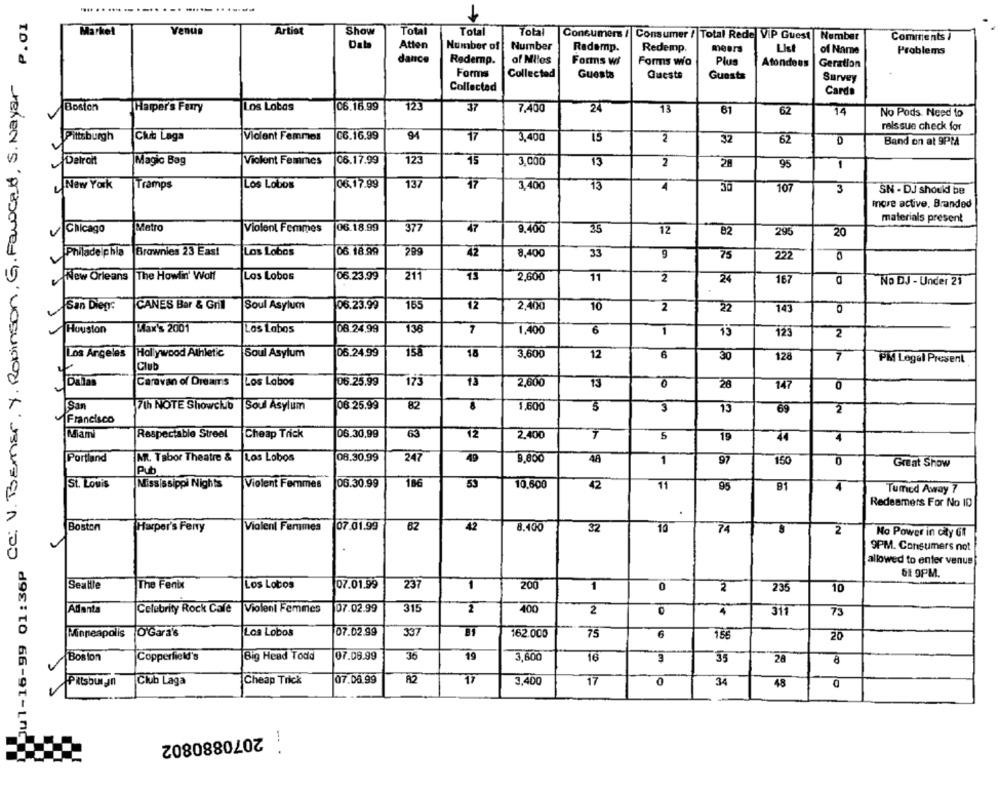
86p Cc: V. BEmar . Y. Robinson , G. Fawcett, S. Nayar P. 01
Markel
Venus
Artist
Show
Total
Total
Total
Consumers / Consumer / Total Rede VIP Guest
Number
Comments i
Data
Number of
Number
Redemp.
Redemp.
meers
List
Atten
of Name
Problems
dance
Redemp.
of Miles
Forms wi
Forms wia
Plus
Atondoes
Geration
Forms
Collected
Guests
Quests
Guests
Survey
Collected
Cards
Boston
Harper's Ferry
Los Lobos
06.16.99
123
37
7.400
24
13
61
62
14
No Pods. Need to
reis sue check for
Pittsburgh
Chu Laga
Violent Femmes
C6.16.99
94
17
3,400
is
2
32
62
Band on at 9PM
Detroit
Magic Bag
Violent Femmes
06.17.99
123
15
3,000
13
2
28
95
1
New York
Tramps
Los Lobos
06.17.99
137
17
3,400
13
is
30
107
3
SN - DJ should be
more active. Branded
materials present
Metro
Violent Femmes
06.18.99
377
47
9,400
35
12
Chicago
82
293
20
Philadelphia
Brownies 23 East
Los Lobos
06. 18.99
299
42
8,400
222
33
9
75
0
New Orleans
The Howlin' Wolf
Los Lobos
06.23.99
211
13
2,600
11
2
24
167
No DJ - Under 21
San Diegy:
CANES Bar & Grill
Soul Asylum
06.23.99
155
12
2,400
10
2
22
143
Houston
Wax's 2001
Los Lobos
08.24.99
138
7
1,400
10
1
75
123
2
Los Angeles
Hollywood Athletic
Soul Asylum
06.24.99
158
18
3,600
12
6
30
128
7
PM Legal Present
Club
Caravan of Dreams
Los Lobos
06.25.99
13
2,600
13
10
26
747
0
San
7th NOTE Showclub
Soul Asylum
08 25.99
82
1,600
3
3
13
69
2
Francisco
Miami
Respectable Streel
Cheap Trick
06.30,99
63
12
2.400
5
44
19
4
Portland
MR. Tabor Theatre &
Los Lobos
08.30.99
247
49
9,800
48
97
1
150
Great Show
Pub
186
St. Louis
Mississippi Nights
Violent Femmes
06.30.99
53
10,600
42
11
95
B1
Tumed Away 7
Redeamers For No ID
Boston
Harper's Feny
Violent Femmes
07.01.99
62
42
9.100
32
10
74
2
No Power in city Gt
9PM. Consumers not
Jul-16-99 01:36P
allowed to enter venue
61 9PM.
Seattle
The Fenix
Los Lobos
07.01.99
237
1
200
1
0
2
235
10
Adianta
Celebrity Rock Cafe
Violent Femmes
07.02.99
315
2
400
2
4
311
73
Minneapolis
O'Gara's
Los Lobos
07.02.99
337
162.000
75
6
155
20
Copperfield's
Big Head Todd
07.08.99
36
19
3,600
16
3
28
Boston
35
07.06.99
A2
17
3,400
Pitsbulan
Club Laga
Cheap Trick
17
0
34
48
2070880802